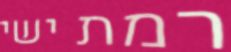
רמת ישי